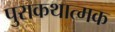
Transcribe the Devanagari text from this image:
पुराकथात्मक